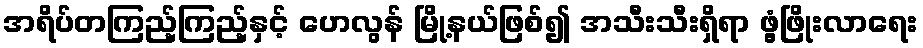
အရိပ်တကြည့်ကြည့်နှင့် ဟေလွန် မြို့နယ်ဖြစ်၍ အသီးသီးရှိရာ ဖွံ့ဖြိုးလာရေး